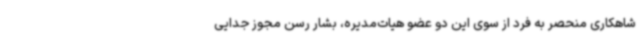
شاهکاری منحصر به فرد از سوی این دو عضو هیات‌مدیره، بشار رسن مجوز جدایی